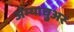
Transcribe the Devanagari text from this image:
अॅम्याचुअर